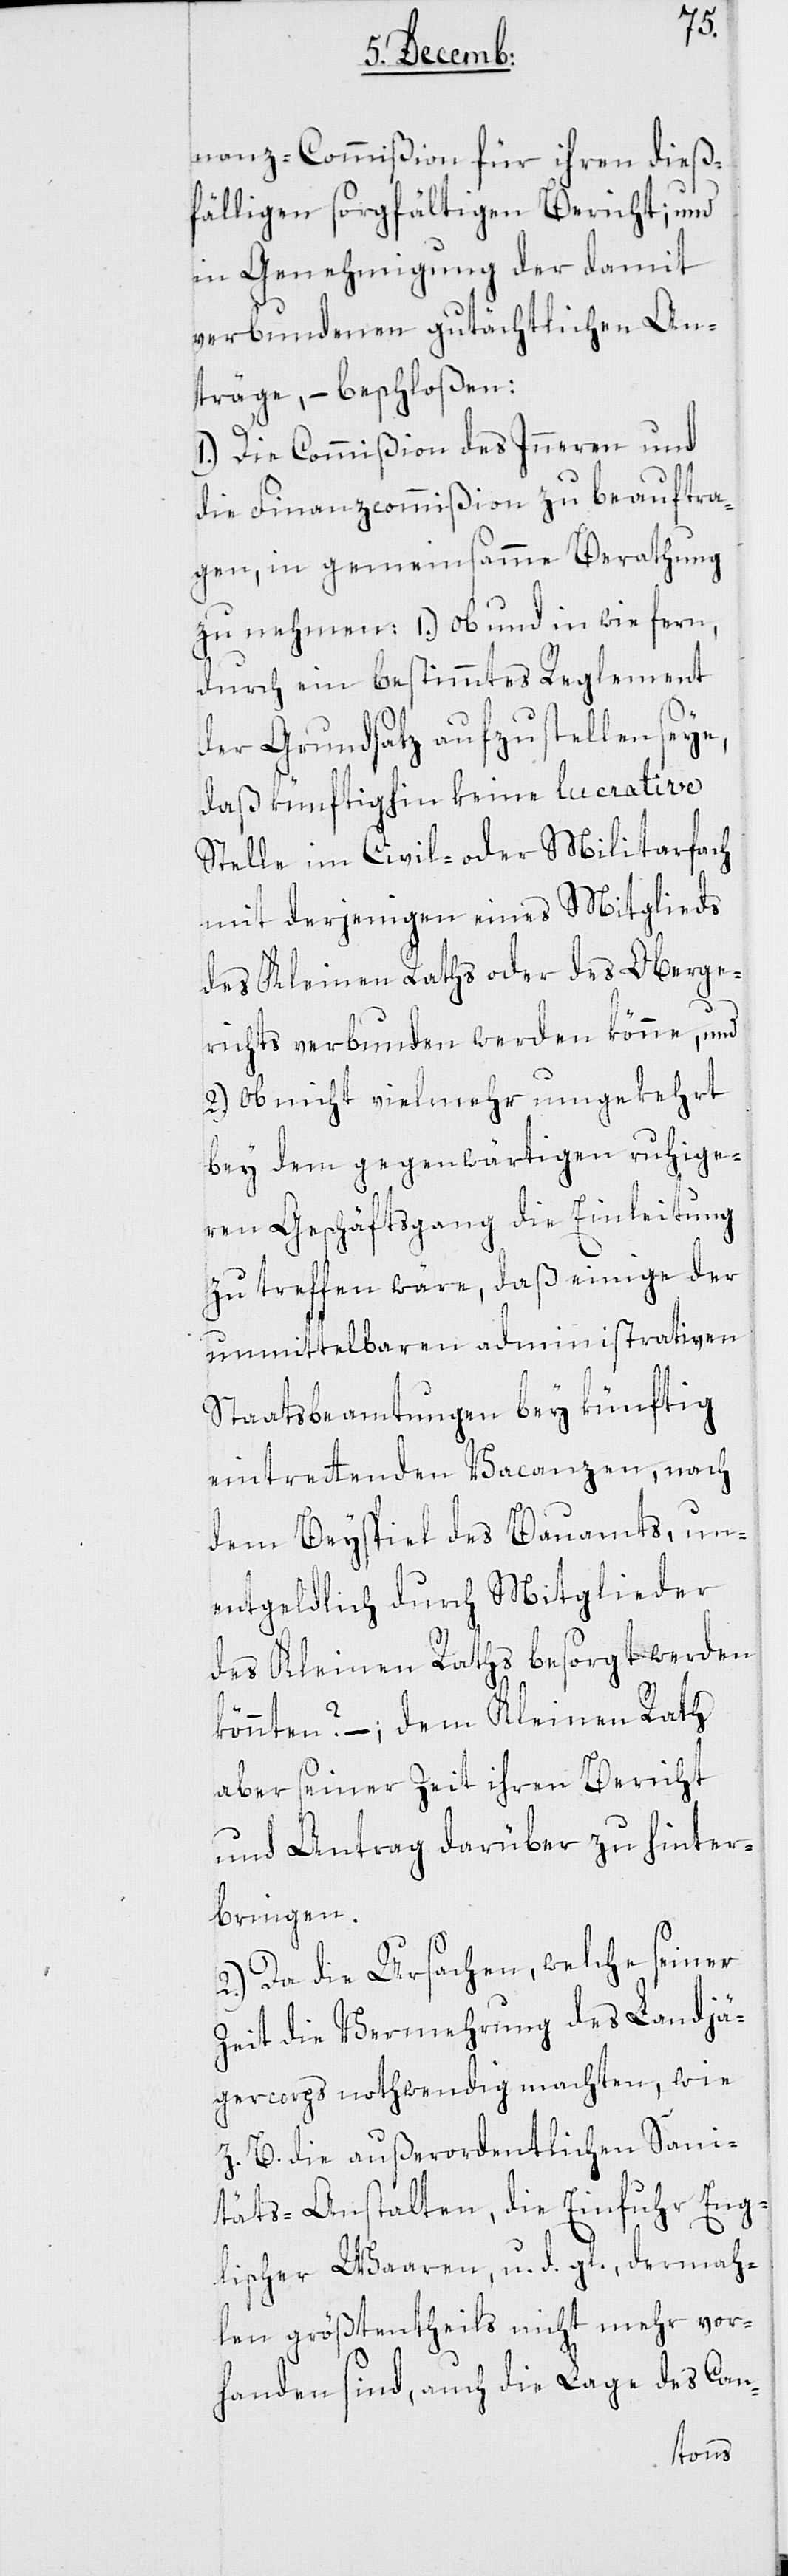
nanz-Commißion für ihren dieß¬
fälligen sorgfältigen Bericht; und
in Genehmigung der damit
verbundenen gutächtlichen An¬
träge, beschloßen:
1.) Die Commißion des Inneren und
die Finanzcommißion zu beauftra¬
gen, in gemeinsamme Berathung
zu nehmen: a.) ob und in wie fern,
durch ein bestimmtes Reglement
der Grundsatz aufzustellen seye,
daß künftighin keine lucrative
Stelle im Civil- oder Militarfach
mit derjenigen eines Mitglieds
des Kleinen Raths oder des Oberge¬
richts verbunden werden könne, und
2.) ob nicht vielmehr umgekehrt
bey dem gegenwärtigen ruhige¬
ren Geschäftsgang die Einleitung
zu treffen wäre, daß einige der
unmittelbaren administrativen
Staatsbeamtungen bey künftig
eintrettenden Vacanzen, nach
dem Beyspiel des Bauamts, un¬
entgeldlich durch Mitglieder
des Kleinen Raths besorgt werden
könnten? – dem Kleinen Rath
aber seiner Zeit ihren Bericht
und Antrag darüber zu hinter¬
bringen.
2.) Da die Ursachen, welche seiner
Zeit die Vermehrung des Landjä¬
gercorps nothwendig machten, wie
z. B. die außerordentlichen Sani¬
täts-Anstalten, die Einfuhr eng¬
lischer Waaren u. d. gl., dermah¬
len größtentheils nicht mehr vor¬
handen sind, auch die Lage des Can-